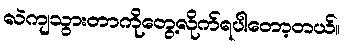
လဲကျသွားတာကိုတွေ့လိုက်ရပါတော့တယ်။